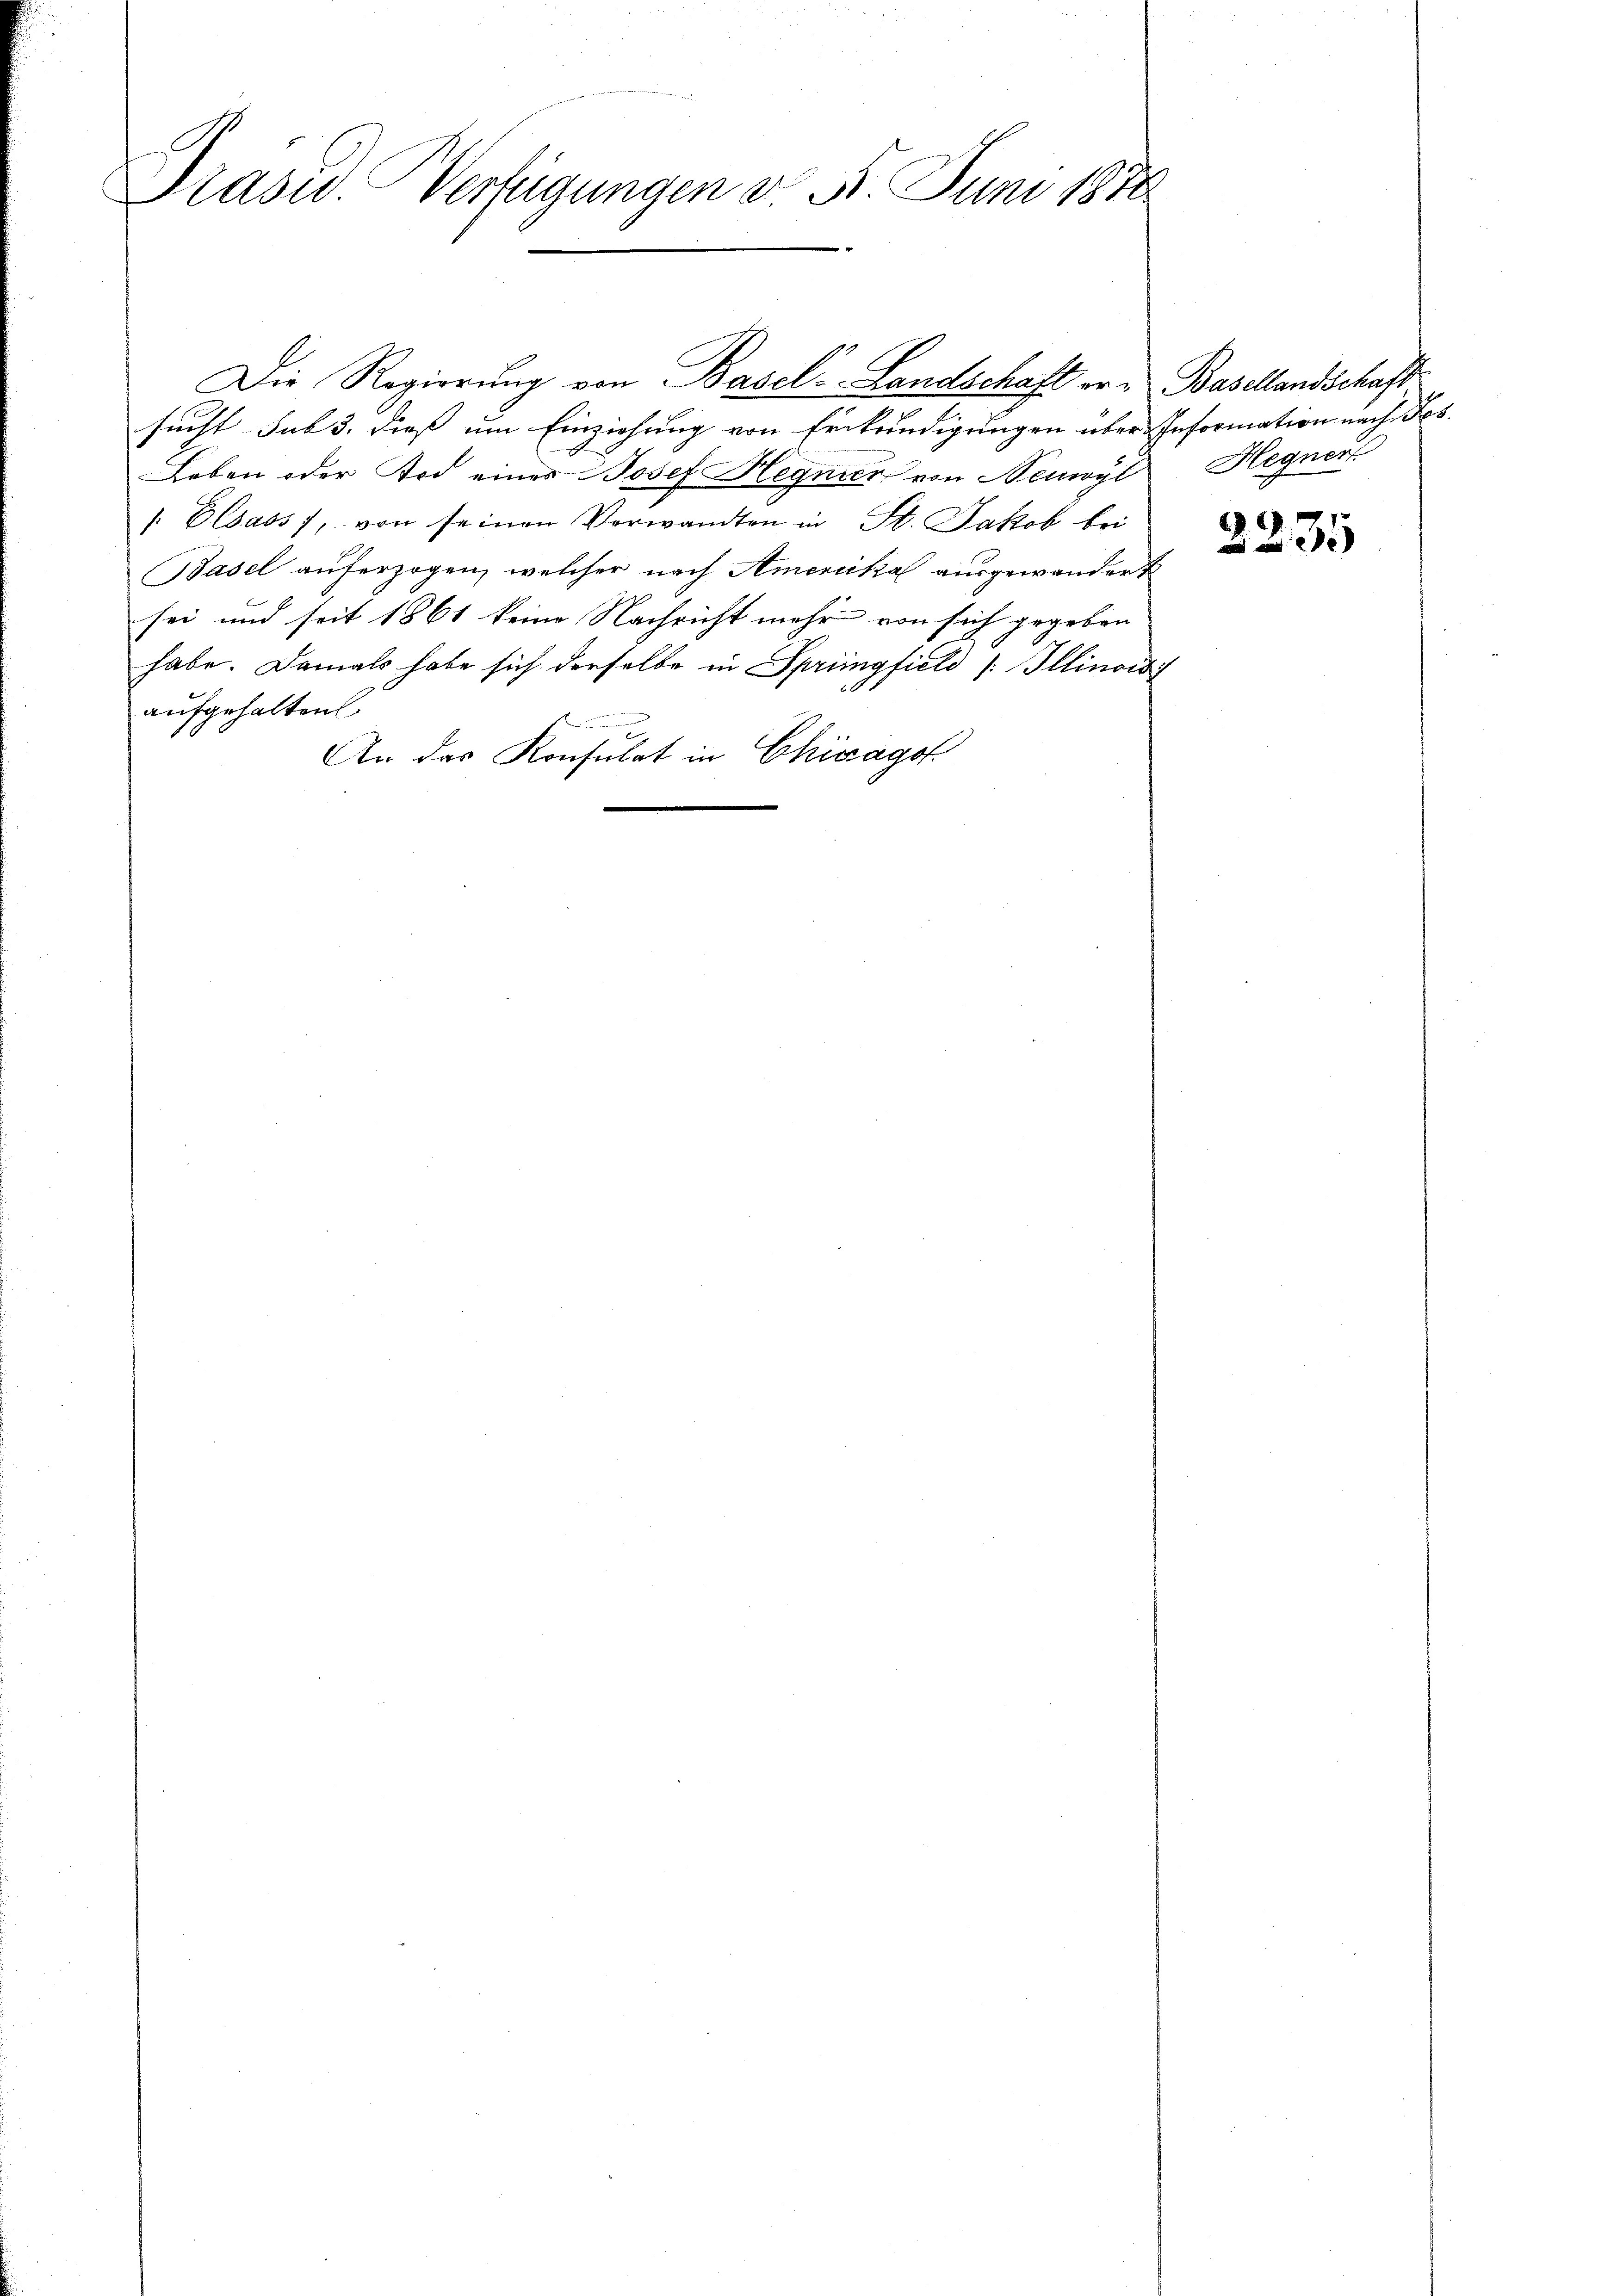
Prasw. Verfügungen d. 5. Juni 1870

sucht. sub 3. dies um Einziehung von Erkundigungen über Information nach Fes
Leben oder Tod eines Josef Hegnier von Neuwyl Hegner
" Elsass von seinen Verwandten in St. Jakob bei
Basel auferzogen, welcher nach Amerikal ausgewandert
sei und seit 1861 keine Nachricht mehr von sich gegeben
habe. Damals habe sich derselbe in Springfield Illinori
aufgehalten.
An das Konsulat in Chicagof

Die Regierung von Basel-Landschaft er, Basellandschaft

2235